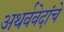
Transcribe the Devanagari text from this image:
अथर्ववेदांचे